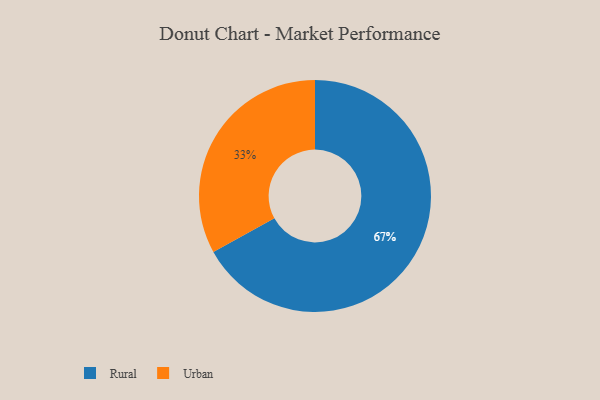
{"axis": {"x": "Category", "y": "Percentage"}, "legend": ["Rural", "Urban"], "data": [{"x": "Urban", "y": 33, "type": "Urban"}, {"x": "Rural", "y": 67, "type": "Rural"}]}